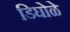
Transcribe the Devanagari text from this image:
डिघोळे